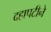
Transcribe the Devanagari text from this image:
दहापटीने